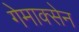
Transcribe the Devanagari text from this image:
गेमाक्सेन